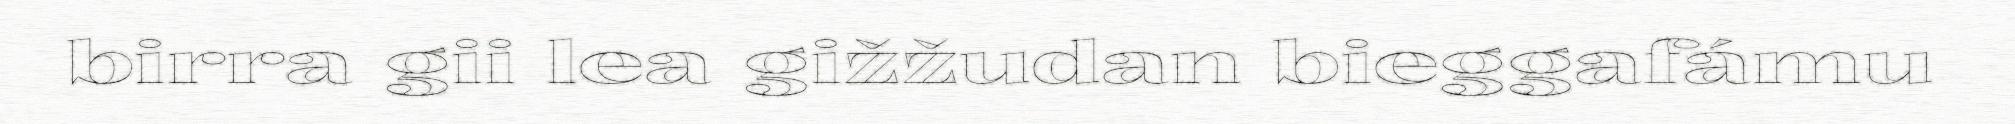
birra gii lea gižžudan bieggafámu